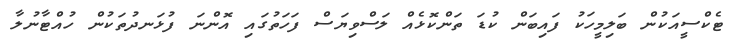
ޓެކްސީއަކުން ބަލިމީހަކު ފައިބަން ކުޑަ ތަންކޮޅެއް ލަސްވިޔަސް ފަހަތުގައި އޮންނަ ފުޅަނދުތަކުން ހުއްޓާނުލާ